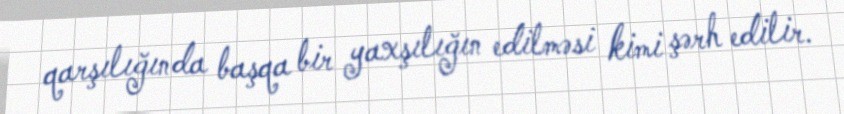
qarşılığında başqa bir yaxşılığın edilməsi kimi şərh edilir.